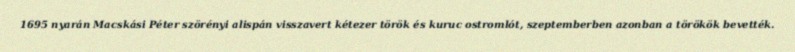
1695 nyarán Macskási Péter szörényi alispán visszavert kétezer török és kuruc ostromlót, szeptemberben azonban a törökök bevették.